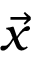
\vec { x }